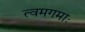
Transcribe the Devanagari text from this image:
त्वमगमाः